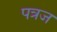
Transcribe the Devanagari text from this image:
पत्रज